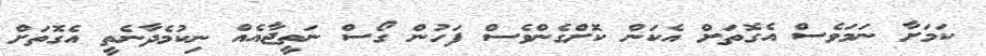
ކަމަށާ ނަމަވެސް އެގޮތަށް އެކަން ކޮށްގެންވެސް ފަހުން ގޯސް ނަތީޖާއެއް ނިކުމެދާނެތީ އެގޮތަށް